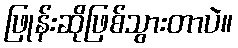
ဖြုန်းဆိုဖြစ်သွားတာပဲ။